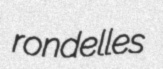
rondelles